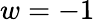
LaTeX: w=-1